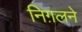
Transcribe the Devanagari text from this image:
निग़लने